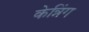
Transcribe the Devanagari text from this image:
केन्निंग